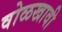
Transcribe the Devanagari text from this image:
वोळखावी